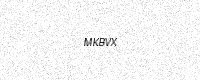
Text: MKBVX